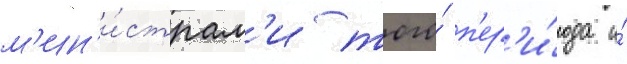
м'ин'и́страм'и того́ п'ер'и́ода и́